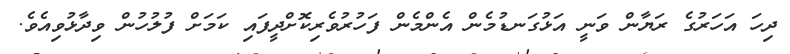
ދިހަ އަހަރުގެ ރަޔާން ވަނީ އަޅުގަނޑުމެން އެންމެން ފަހުރުވެރިކޮށްދީފައި ކަމަށް ފުލުހުން ވިދާޅުވިއެވެ.